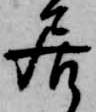
居